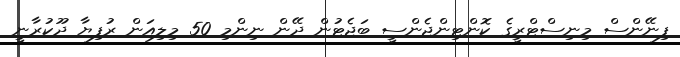
ފިނޭންސް މިނިސްޓްރީގެ ކޮންޓިންޖެންސީ ބަޖެޓުން ދޭން ނިންމި 50 މިލިއަން ރުފިޔާ ދޫކުރާނީ